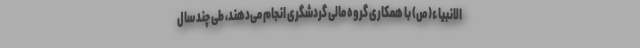
الانبیاء(ص) با همکاری گروه مالی گردشگری انجام می‌دهند، طی چند سال